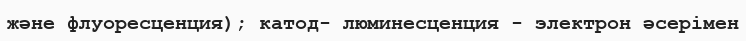
және флуоресценция); катод- люминесценция - электрон әсерімен